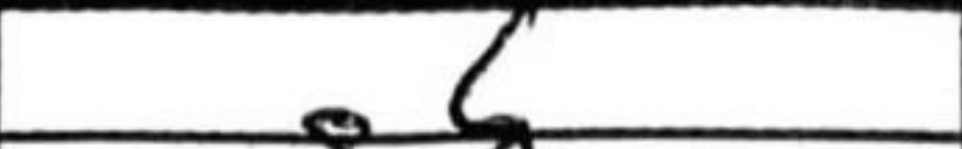
Transcription: g6